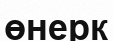
өнерк